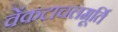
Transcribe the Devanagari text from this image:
वेंकटाचलमूर्ति